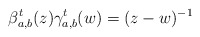
\begin{align*} \beta^t_{a,b} (z) \gamma^t_{a,b}(w) = (z-w)^{-1}\end{align*}